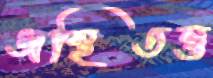
অস্থিতন্তু